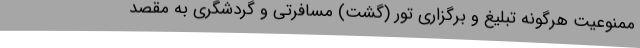
ممنوعیت هرگونه تبلیغ و برگزاری تور (گشت) مسافرتی و گردشگری به مقصد